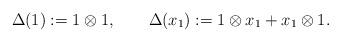
LaTeX: \begin{align*}\Delta(1):=1 \otimes 1, \quad\quad\Delta(x_1):=1 \otimes x_1 + x_1 \otimes 1.\end{align*}